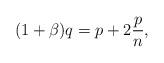
LaTeX: \begin{align*} (1+\beta)q = p + 2\frac{p}{n}, \end{align*}